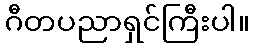
ဂီတပညာရှင်ကြီးပါ။